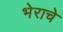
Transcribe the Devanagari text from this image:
भेराचे